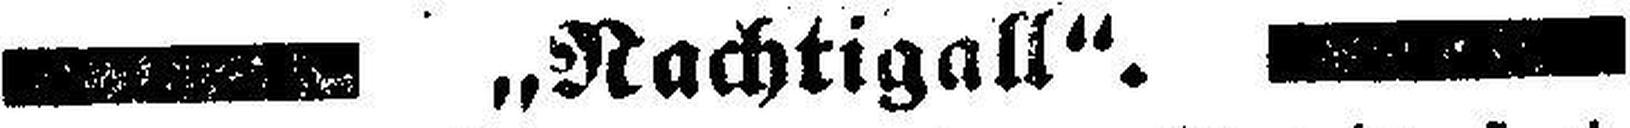
— „Nachtigall“. —